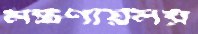
মন্ত্রণায়লয়